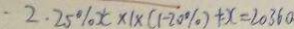
2 . 2 5 \% x \times 1 \times ( 1 - 2 0 \% ) + x = 2 0 3 6 0